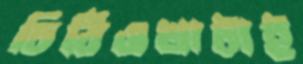
চিঠিওখাটাই